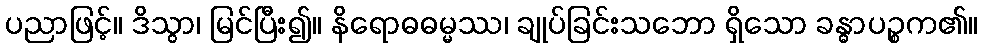
ပညာဖြင့်။ ဒိသွာ၊ မြင်ပြီး၍။ နိရောဓဓမ္မဿ၊ ချုပ်ခြင်းသဘော ရှိသော ခန္ဓာပဉ္စက၏။